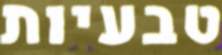
טבעיות